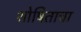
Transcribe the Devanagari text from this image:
शोषिताचा